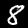
Label: 8